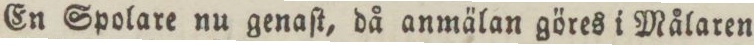
En Spolare nu genaſt, då anmälan göres i Målaren